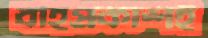
বহিপ্রকাশই